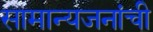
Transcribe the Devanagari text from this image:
सामान्यजनांची